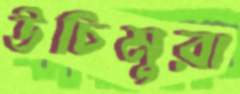
উচিমুরা